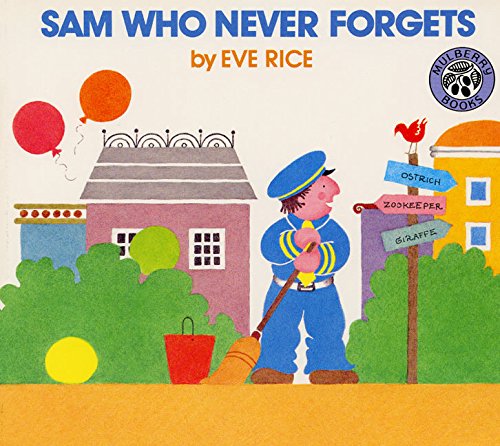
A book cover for Sam Who Never Forgets; Eve Rice; Children's Books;